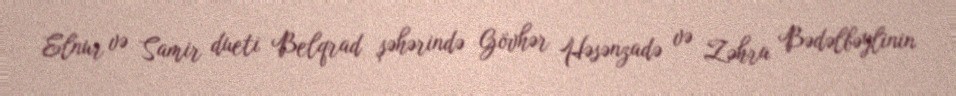
Elnur və Samir dueti Belqrad şəhərində Gövhər Həsənzadə və Zəhra Bədəlbəylinin